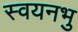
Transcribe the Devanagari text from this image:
स्वयनभु